Indian journal of veterinary science and animal husbandry - Volume 5,
Year: 1935
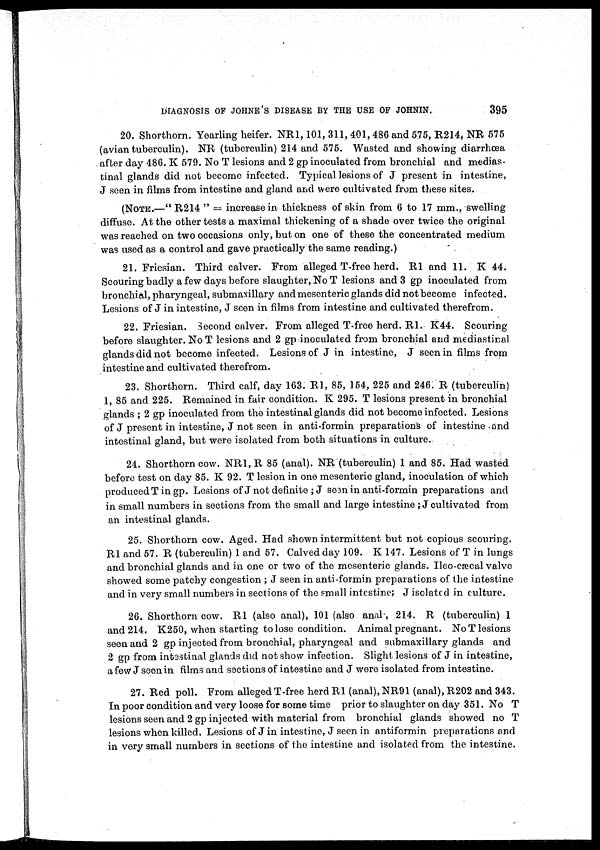
DIAGNOSIS OF JOHNE'S DISEASE BY THE USE OF JOHNIN.
395
20. Shorthorn. Yearling heifer. NR1, 101, 311, 401, 486 and 575, R214, NR 575
(avian tuberculin). NR (tuberculin) 214 and 575. Wasted and showing diarrhœa
after day 486. K 579. No T lesions and 2 gp inoculated from bronchial and medias-
tinal glands did not become infected. Typical lesions of J present in intestine,
J seen in films from intestine and gland and were cultivated from these sites.
(NOTE.—" R214 " = increase in thickness of skin from 6 to 17 mm., swelling
diffuse. At the other tests a maximal thickening of a shade over twice the original
was reached on two occasions only, but on one of these the concentrated medium
was used as a control and gave practically the same reading.)
21. Friesian. Third calver. From alleged T-free herd. R1 and 11. K 44.
Scouring badly a few days before slaughter, No T lesions and 3 gp inoculated from
bronchial, pharyngeal, submaxillary and mesenteric glands did not become infected.
Lesions of J in intestine, J seen in films from intestine and cultivated therefrom.
22. Friesian. Second calver. From alleged T-free herd. R1. K44. Scouring
before slaughter. No T lesions and 2 gp inoculated from bronchial and mediastinal
glands did not become infected. Lesions of J in intestine, J seen in films from
intestine and cultivated therefrom.
23. Shorthorn. Third calf, day 163. R1, 85, 154, 225 and 246. R (tuberculin)
1, 85 and 225. Remained in fair condition. K 295. T lesions present in bronchial
glands ; 2 gp inoculated from the intestinal glands did not become infected. Lesions
of J present in intestine, J not seen in anti-formin preparations of intestine and
intestinal gland, but were isolated from both situations in culture.
24. Shorthorn cow. NR1,R 85 (anal). NR (tuberculin) 1 and 85. Had wasted
before test on day 85. K 92. T lesion in one mesenteric gland, inoculation of which
produced T in gp. Lesions of J not definite ; J seen in anti-formin preparations and
in small numbers in sections from the small and large intestine ; J cultivated from
an intestinal glands.
25. Shorthorn cow. Aged. Had shown intermittent but not copious scouring.
R1 and 57. R (tuberculin) 1 and 57. Calved day 109. K 147. Lesions of T in lungs
and bronchial glands and in one or two of the mesenteric glands. Ileo-cæcal valve
showed some patchy congestion ; J seen in anti-formin preparations of the intestine
and in very small numbers in sections of the small intestine; J isolated in culture.
26. Shorthorn cow. R1 (also anal), 101 (also anal, 214. R (tuberculin) 1
and 214, K250, when starting to lose condition. Animal pregnant. No T lesions
seen and 2 gp injected from bronchial, pharyngeal and submaxillary glands and
2 gp from intestinal glands did not show infection. Slight lesions of J in intestine,
a few J seen in films and sections of intestine and J were isolated from intestine.
27. Red poll. From alleged T-free herd R1 (anal), NR91 (anal), R202 and 343.
In poor condition and very loose for some time prior to slaughter on day 351. No T
lesions seen and 2 gp injected with material from bronchial glands showed no T
lesions when killed. Lesions of J in intestine, J seen in antiformin preparations and
in very small numbers in sections of the intestine and isolated from the intestine.